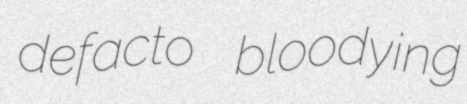
defacto bloodying